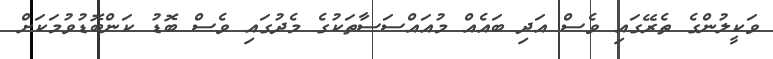
ވަކީލުންގެ ތެރޭގައި ވެސް އަދި ބައެއް މުއައްސަސާތަކުގެ މެދުގައި ވެސް ބޮޑު ކަންބޮޑުވުމަކަށް